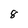
Character: 8